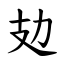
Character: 攰